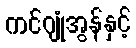
ကင်ဂျုံအွန်နှင့်